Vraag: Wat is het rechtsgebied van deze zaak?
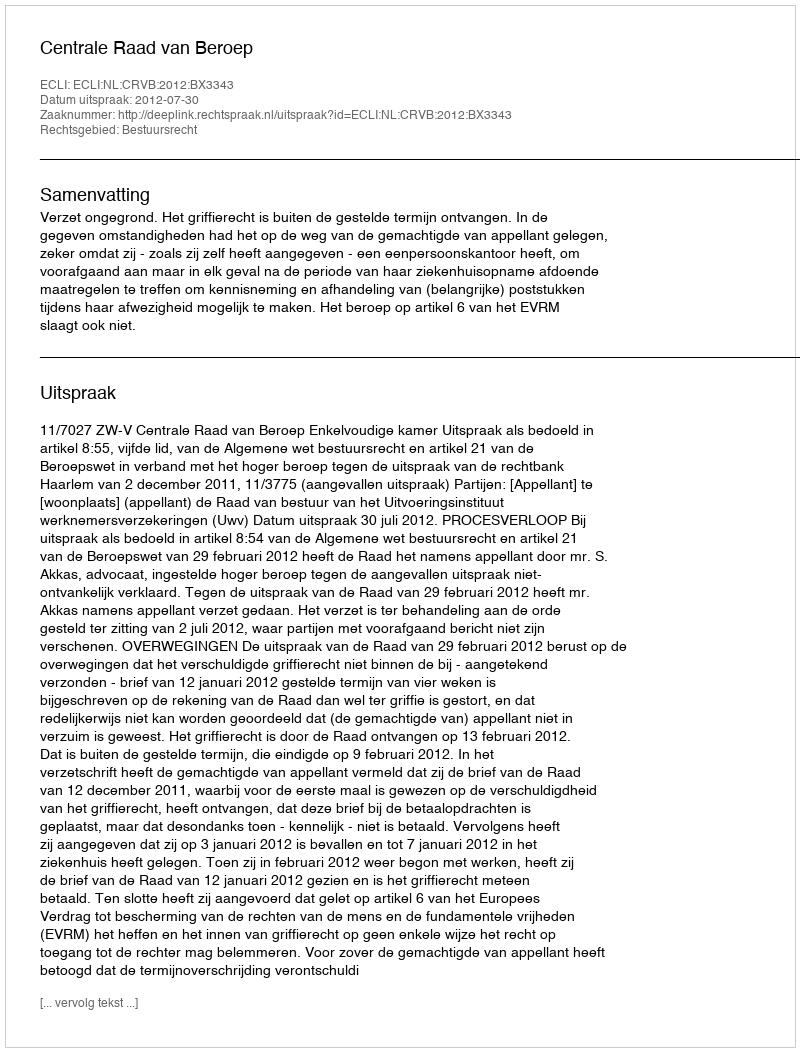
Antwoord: Bestuursrecht